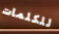
للكلمات